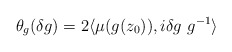
\begin{align*} \theta_{g}(\delta g)= 2 \langle \mu(g(z_{0})), i \delta g\ g^{-1}\rangle \end{align*}